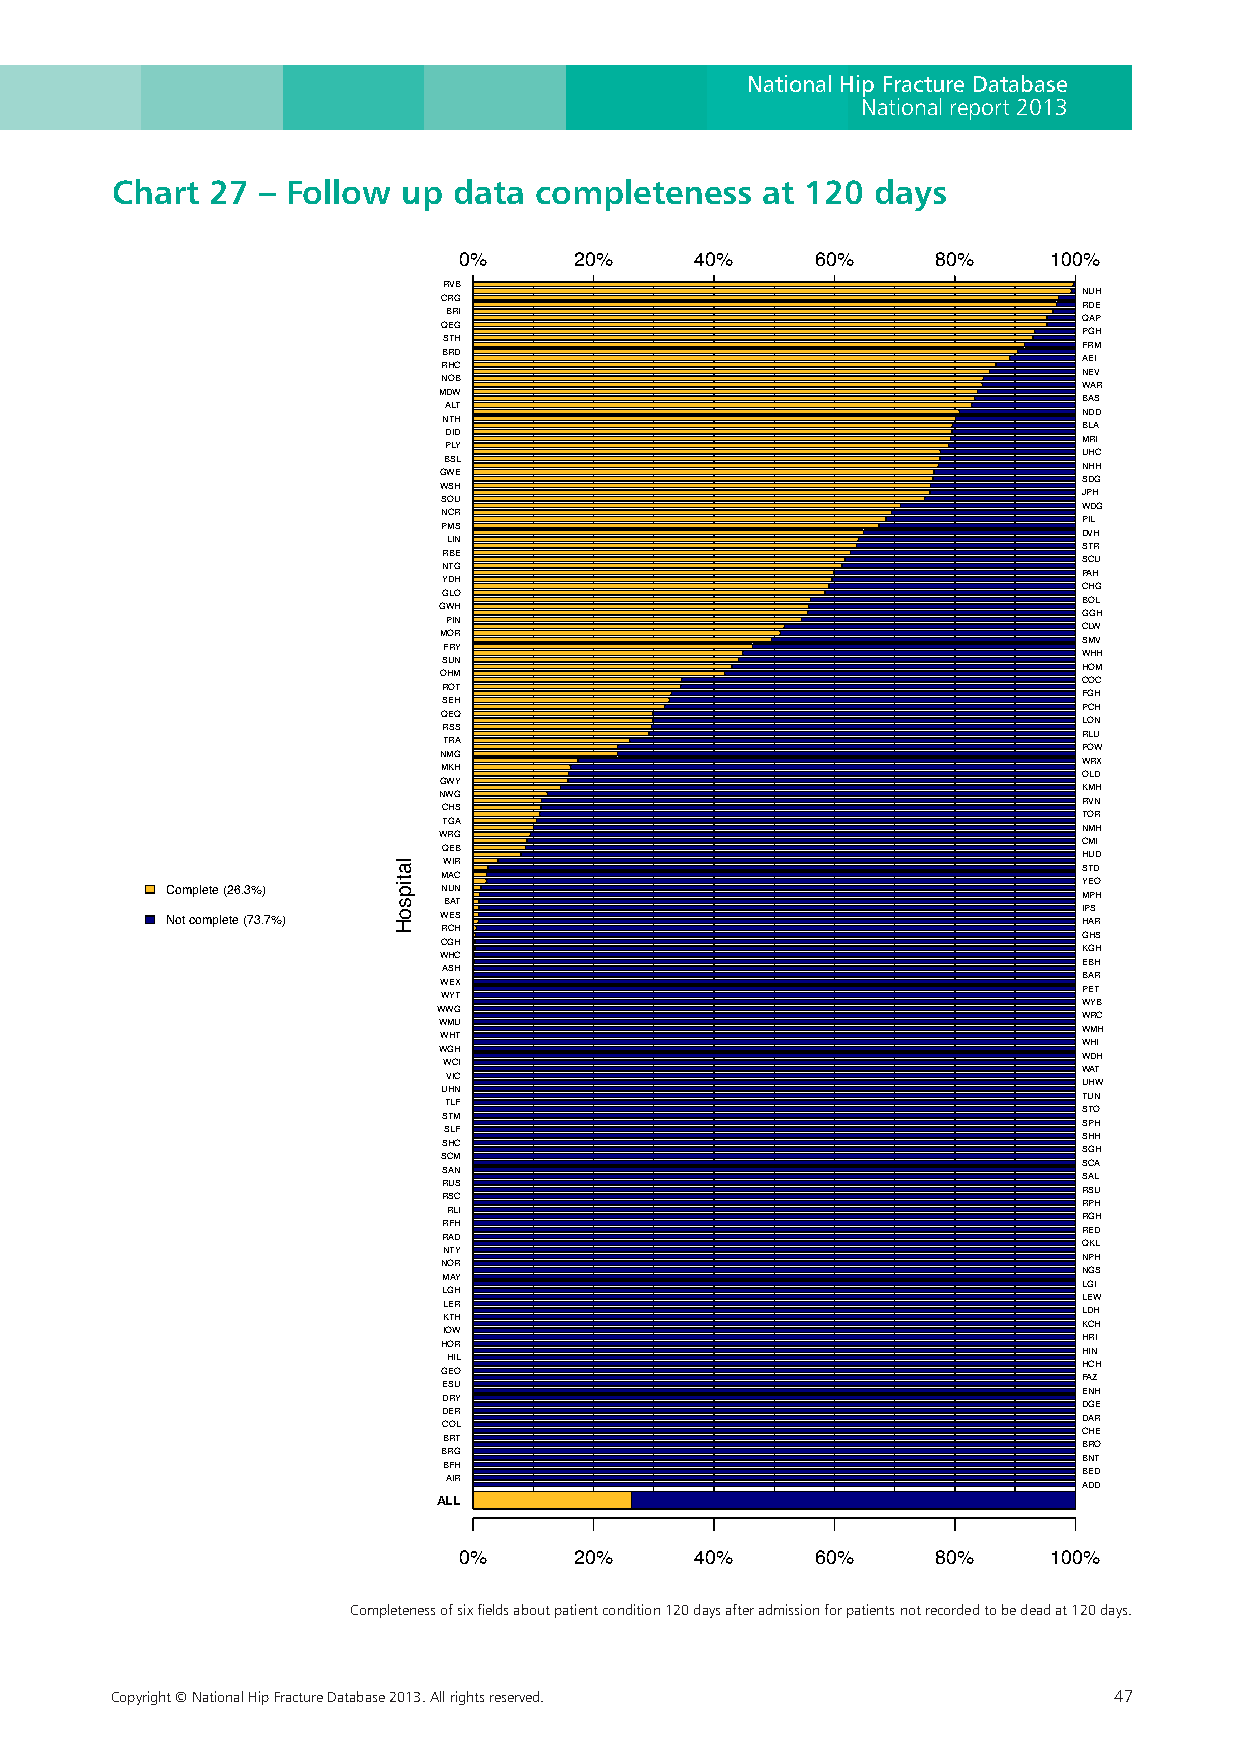
National Hip Fracture Database
 National report 2013
 Chart  27 – Follow  up data completeness   at 120  days
 0%      20%     40%     60%     80%    100%
 RVB
 NUH
 CRG
 RDE
 BRI
 QAP
 QEG
 PGH
 STH
 FRM
 BRD
 AEI
 RHC
 NEV
 NOB
 WAR
 MDW
 BAS
 ALT
 NDD
 NTH
 BLA
 DID
 MRI
 PLY
 UHC
 BSL
 NHH
 GWE
 SDG
 WSH
 JPH
 SOU
 WDG
 NCR
 PIL
 PMS
 DVH
 LIN
 STR
 RBE
 SCU
 NTG
 PAH
 YDH
 CHG
 GLO
 BOL
 GWH
 GGH
 PIN
 CLW
 MOR
 SMV
 FRY
 WHH
 SUN
 HOM
 OHM
 COC
 ROT
 FGH
 SEH
 PCH
 QEQ
 LON
 RSS
 RLU
 TRA
 POW
 NMG
 WRX
 MKH
 OLD
 GWY
 KMH
 NWG
 RVN
 CHS
 TOR
 TGA
 NMH
 WRG
 CMI
 QEB
 HUD WIR
 STD
 MAC
 YEO
 Complete (26.3%)  NUN                                        MPH
 BAT
 IPS
 Not complete (73.7%) WES                                     HAR
 RCH
 GHS
 CGH
 KGH
 WHC
 EBH
 ASH
 BAR
 WEX
 PET
 WYT
 WYB
 WWG
 WRC
 WMU
 WMH
 WHT
 WHI
 WGH
 WDH
 WCI
 WAT
 VIC
 UHW
 UHN
 TUN
 TLF
 STO
 STM
 SPH
 SLF
 SHH
 SHC
 SGH
 SCM
 SCA
 SAN
 SAL
 RUS
 RSU
 RSC
 RPH
 RLI
 RGH
 RFH
 RED
 RAD
 QKL
 NTY
 NPH
 NOR
 NGS
 MAY
 LGI
 LGH
 LEW
 LER
 LDH
 KTH
 KCH
 IOW
 HRI
 HOR
 HIN
 HIL
 HCH
 GEO
 FAZ
 ESU
 ENH
 DRY
 DGE
 DER
 DAR
 COL
 CHE
 BRT
 BRO
 BRG
 BNT
 BFH
 BED
 AIR
 ADD
 ALL
 0%      20%     40%     60%     80%    100%
 Completeness of six fields about patient condition 120 days after admission for patients not recorded to be dead at 120 days.
 Completeness of six fields about patient condition 120 days after admission for patients not recorded to be dead at 120 days.
 Copyright © National Hip Fracture Database 2013. All rights reserved. 47
 latipsoH